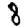
Digit: 8